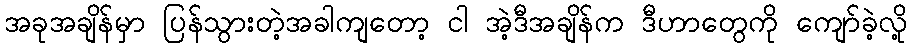
အခုအချိန်မှာ ပြန်သွားတဲ့အခါကျတော့ ငါ အဲ့ဒီအချိန်က ဒီဟာတွေကို ကျော်ခဲ့လို့